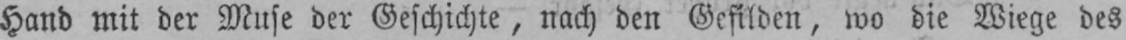
Hand mit der Muse der Geschichte, nach den Gefilden, wo die Wiege des